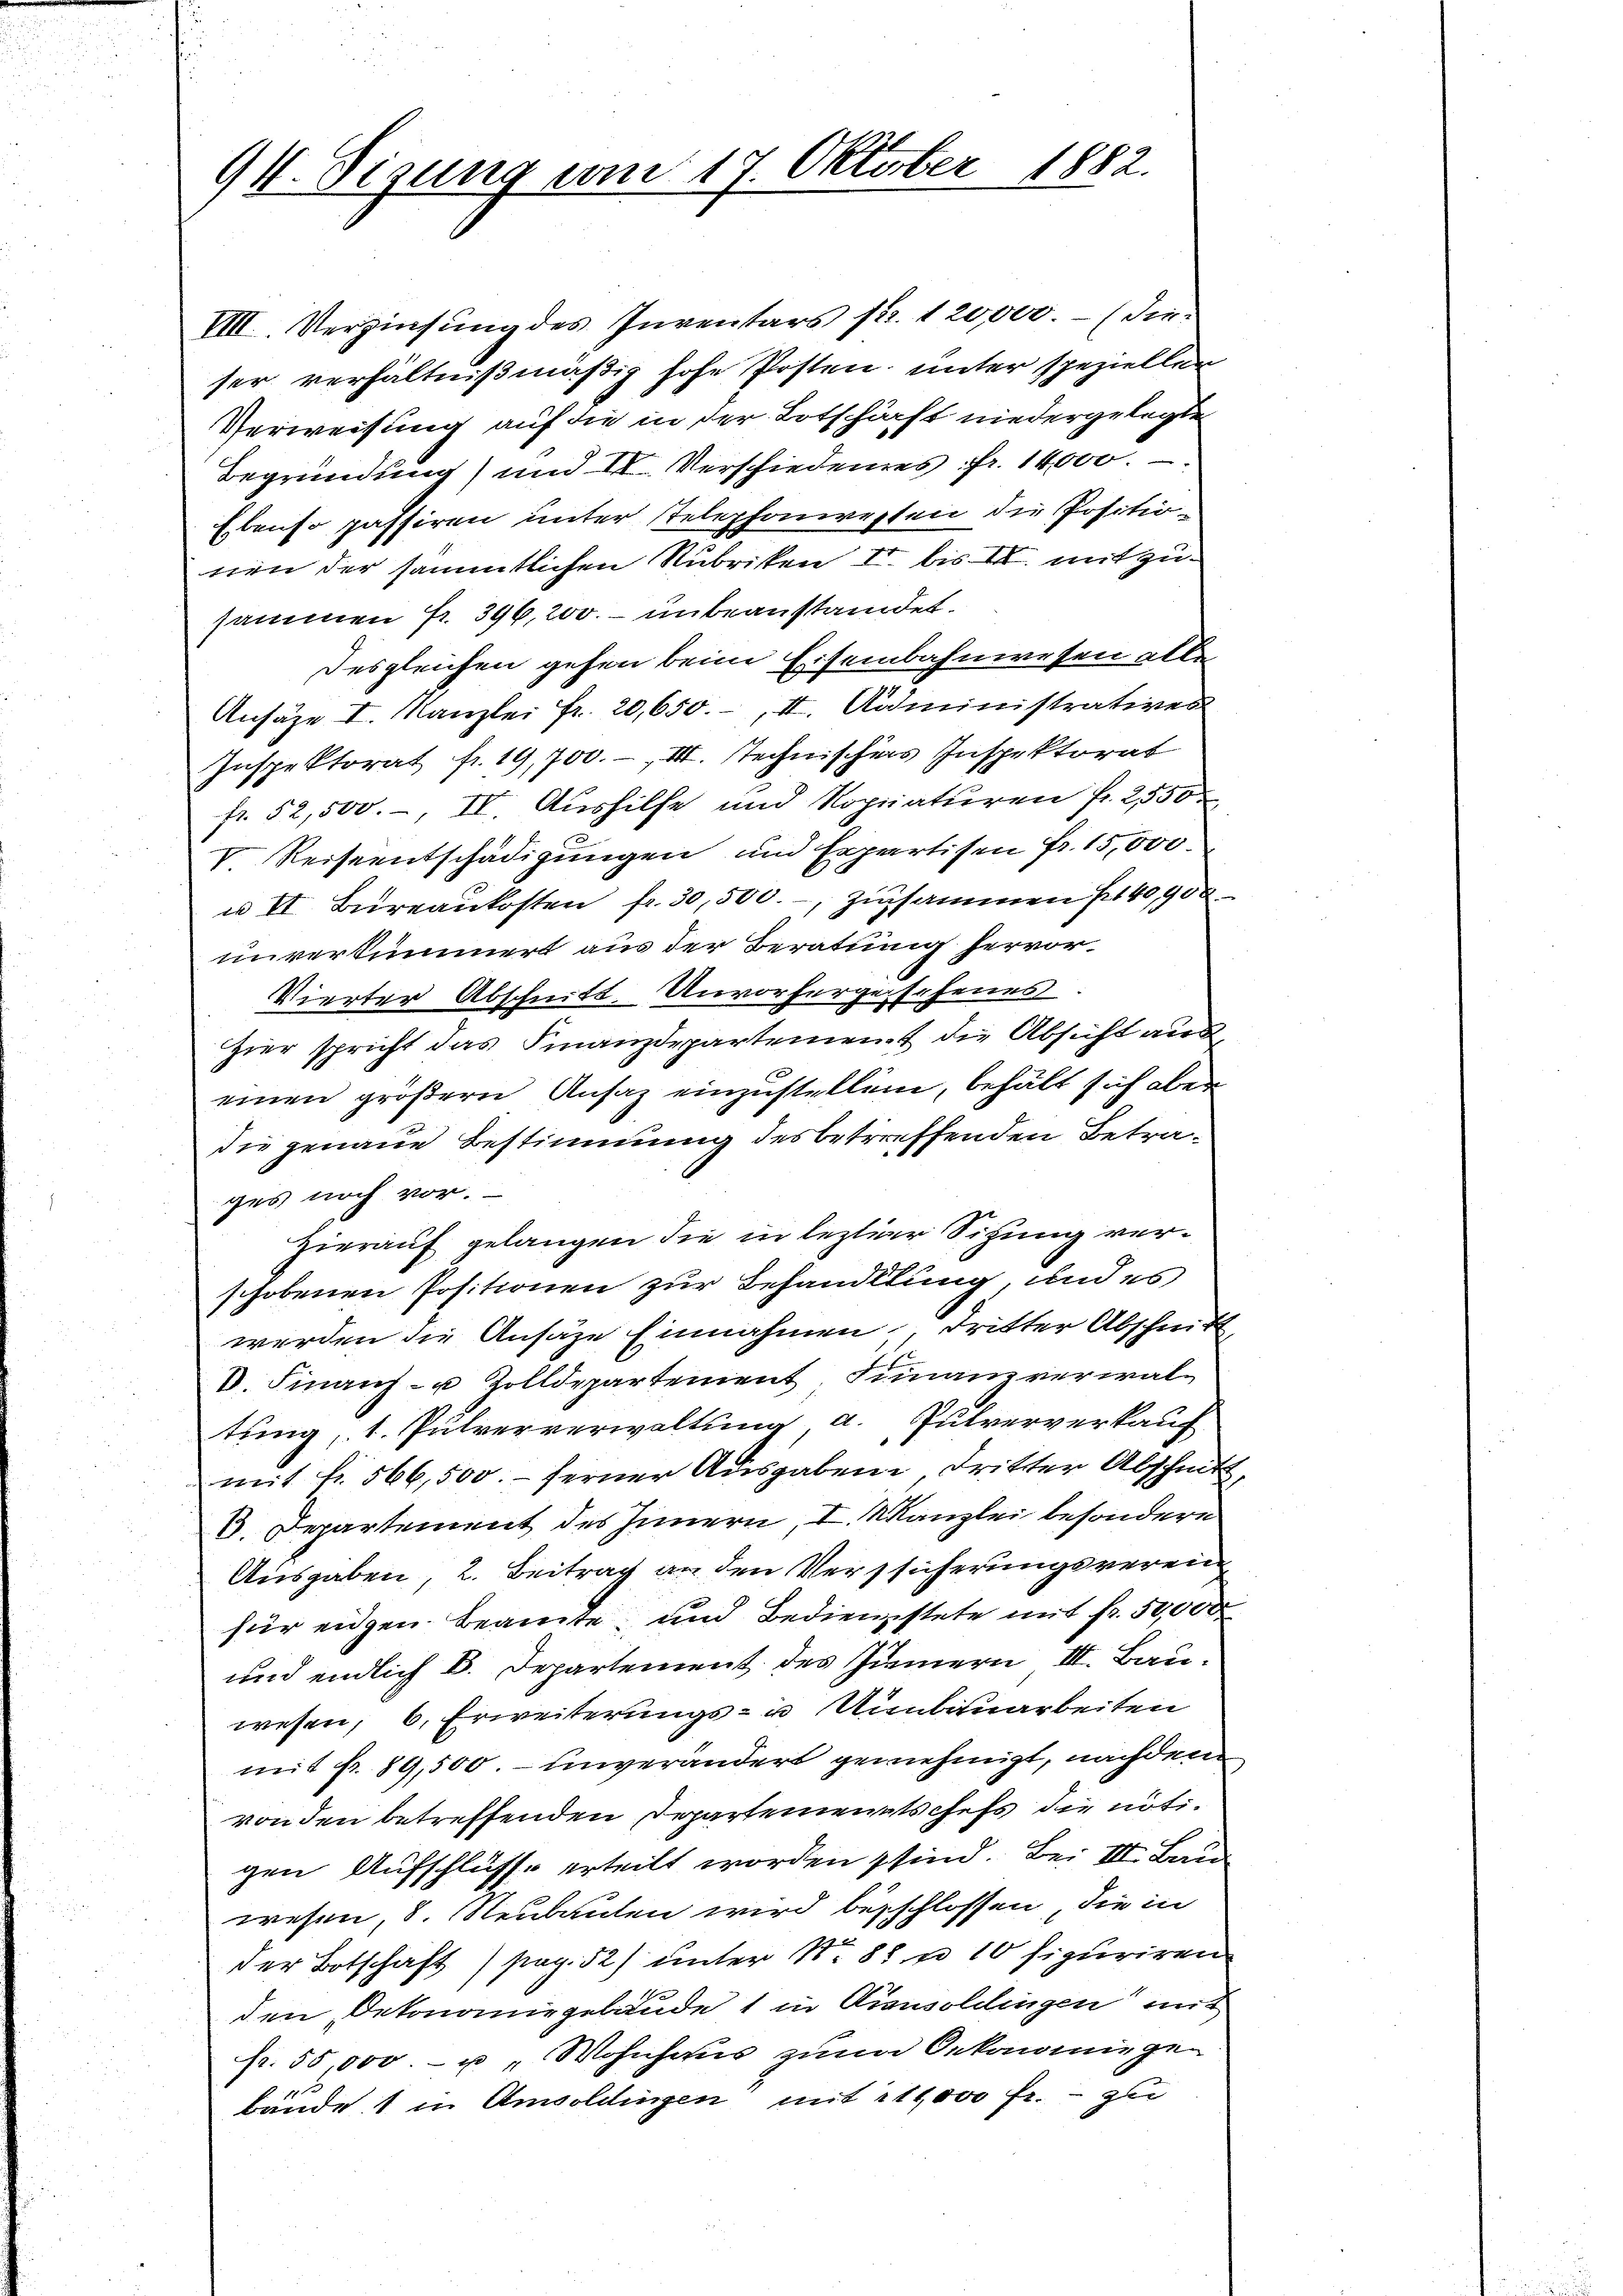
91. Sitzung vom 17. Oktober 1882.

VIII. Verzinsŭng des Inventars fr. 120,000.- (der
ser verhältnißmäßig hohe Posten unter speziellen
Verweisung auf die in der Botschärft niedergelegte
Begründung) und II. Verschiedenes fr. 14,000.
Ebenso passiren unter telephonierten die Positionen der sämmtlichen Rubriken II. bis II. mit zusammen fr. 396,200. – unbeanstandet.
Desgleichen gehen beim Eisenbahnwesen alle
Ansäze I. Kanzlei fr. 20,650.-, II. Administratives
Inspektorat fr. 19,700.-, III. Technischers Inspektorat
fr. 52,500.-, II. Aushilfe und Kopiaturen fr. 2550
V. Reiseentschädigungen und Expertisen fr. 15,000.
u VI. Büreaŭkosten fr. 30,500.-, zusammen Fr. 40,900
unverkümmert aus der Beratung hervor¬
Vierter Abschnitt. Unvorhergesehenes.
hier spricht das Finanzdepartement die Absicht aus
einen größern Ansaz einzustellend, behält sich aber
die genaue Bestimmung des betreffenden Betrages noch vor.
Hierauf gelangen die in leztiger Sitzung verschobenen Positionen zur Behandlung, und es
werden die Ansäze Einnahmen, dritter Abschnitt
V. Finanz- u Zolldepartement, Finanzverwaltung, 1. Pulververwaltung, a. Pulververkauf
mit fr. 566,500.- ferner Ausgaben dritter Abschnitt,
6. Departement des Innern, I. Kanzlei besondere
Ausgaben, 2. Beitrag an den Versicherungsverein
für eigen Beamte und Bedienstete mit Fr. 50,000
und endlich B. Departement des Innern III. Bauwesen, 6. Erweiterungs- u Umbauarbeiten
mit fr. 89,500. unveränders genehmigt, nachdem
von den betreffenden Departementschefs die nötigen Aufschlüsse erteilt worden sind. Bei III. Bau
wesen, 8. Neubauten wird beschlossen, die in
der Botschaft) pag. 52) unter No. 88 n 10 figuriren
den, Dekonomiegebäude 1 in Ainsoldlingen mit
fr. 55,000.- u „Wohnhaus zum Oekonomiegen
bände 1 in Amoldingen mit 211000 fr. - zu